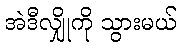
အဲဒီလျှိုကို သွားမယ်